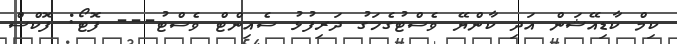
ކިމް ކާޑިއޭޝަން އަދި ކާންޔޭ ވެސްޓުގެހަގު ދަރިފުޅު ސެއިންޓް ވެސްޓު--- ފޮޓޯ: ފޮކްސް